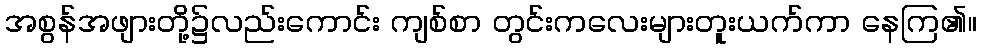
အစွန်အဖျားတို့၌လည်းကောင်း ကျစ်စာ တွင်းကလေးများတူးယက်ကာ နေကြ၏။